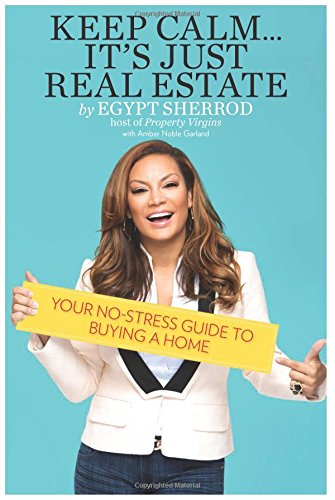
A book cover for Keep Calm . . . It's Just Real Estate: Your No-Stress Guide to Buying a Home; Egypt Sherrod; Business & Money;